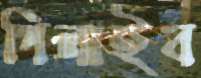
গিলাইব